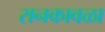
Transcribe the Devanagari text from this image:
रानकावळा